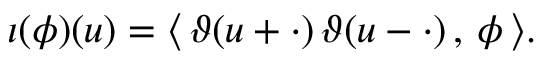
\iota ( \phi ) ( u ) = \langle \, \vartheta ( u + \cdot ) \, \vartheta ( u - \cdot ) \, , \, \phi \, \rangle .